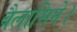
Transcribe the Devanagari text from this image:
बैलासिने।